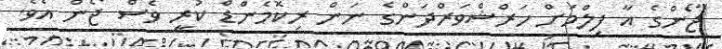
ޖޯންގެ އާ ފިލްމަށް ހަރްޝްވަރްދަންގެ ނަން ރިކޮމެންޑް ކުރީ ވެސް ޖޯން އެވެ.